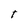
Character: t